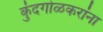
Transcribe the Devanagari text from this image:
कुंदगोळकरांना